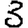
Digit: 3